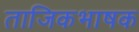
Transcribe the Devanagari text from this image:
ताजिकभाषक